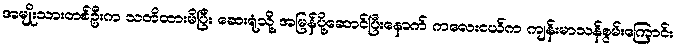
အမျိုးသားတစ်ဦးက သတိထားမိပြီး ဆေးရုံသို့ အမြန်ပို့ဆောင်ပြီးနောက် ကလေးငယ်က ကျန်းမာသန်စွမ်းကြောင်း